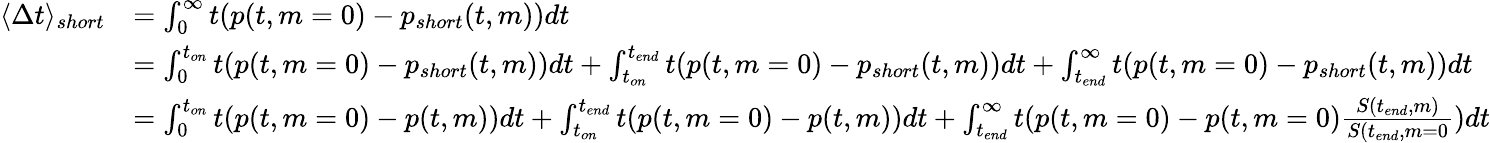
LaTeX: \begin{array}{rl}{\langle\Delta t\rangle_{short}}&{=\int_{0}^{\infty}t(p(t,m=0)-p_{short}(t,m))dt}\\ &{=\int_{0}^{t_{on}}t(p(t,m=0)-p_{short}(t,m))dt+\int_{t_{on}}^{t_{end}}t(p(t,m=0)-p_{short}(t,m))dt+\int_{t_{end}}^{\infty}t(p(t,m=0)-p_{short}(t,m))dt}\\ &{=\int_{0}^{t_{on}}t(p(t,m=0)-p(t,m))dt+\int_{t_{on}}^{t_{end}}t(p(t,m=0)-p(t,m))dt+\int_{t_{end}}^{\infty}t(p(t,m=0)-p(t,m=0)\frac{S(t_{end},m)}{S(t_{end},m=0})dt}\end{array}